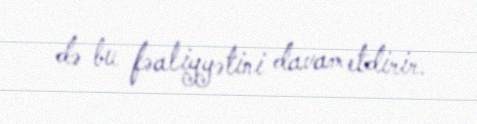
də bu fəaliyyətini davam etdirir.